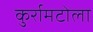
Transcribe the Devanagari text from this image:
कुर्रामटोला